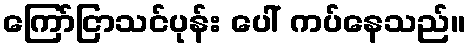
ကြော်ငြာသင်ပုန်း ပေါ် ကပ်နေသည်။